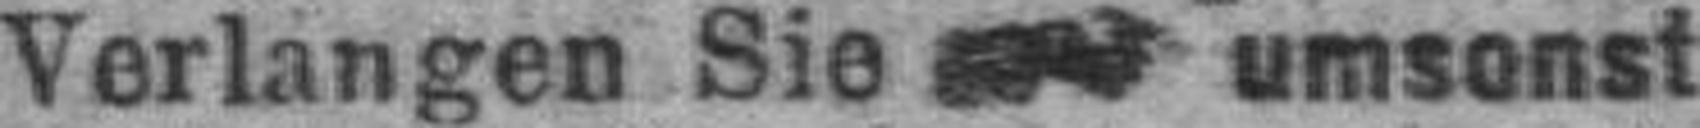
Verlangen Sie umsonst